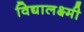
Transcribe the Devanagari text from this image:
विद्यालक्ष्मी